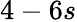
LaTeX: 4-6s